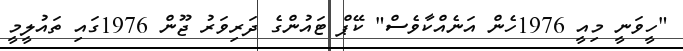
"ހީވަނީ މިއީ 1976ހެން އަނެއްކާވެސް" ކޭޕް ޓައުންގެ ދަރިވަރު ޖޫން 1976ގައި ތައުލީމީ